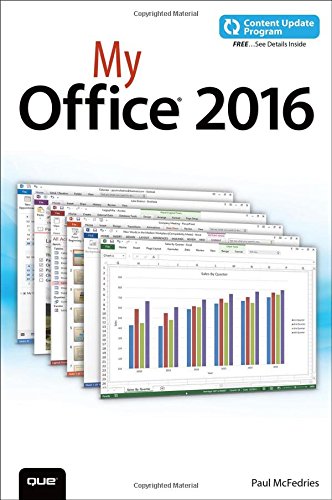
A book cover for My Office 2016 (includes Content Update Program); Paul McFedries; Computers & Technology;